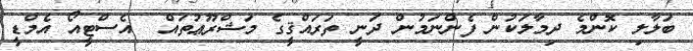
ބަލާލި ކޮންމެ ދިމާލަކުން ފެންނަމުން ދަނީ ތަރައްޤީގެ މަޝްރޫޢުތައް  އެސްޓީއޯ އެމްޑީ